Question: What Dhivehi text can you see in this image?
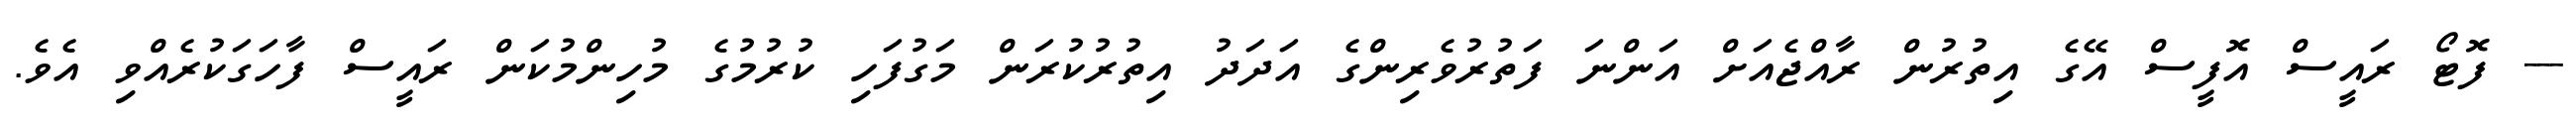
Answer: --- ފޮޓޯ ރައީސް އޮފީސް އޭގެ އިތުރުން ރާއްޖެއަށް އަންނަ ފަތުރުވެރިންގެ އަދަދު އިތުރުކުރަން މަގުފަހި ކުރުމުގެ މުހިންމުކަން ރައީސް ފާހަގަކުރެއްވި އެވެ.